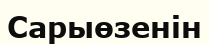
Сарыөзенін